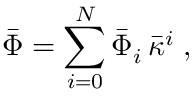
\bar { \Phi } = \sum _ { i = 0 } ^ { N } \bar { \Phi } _ { i } \, \bar { \kappa } ^ { i } \; ,